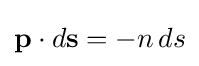
\mathbf {p} \cdot d\mathbf {s} =-n\,ds